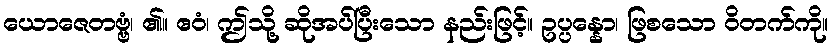
ယောဇေတဗ္ဗံ၊ ၏။ ဧဝံ၊ ဤသို့ ဆိုအပ်ပြီးသော နည်းဖြင့်။ ဥပ္ပန္နော၊ ဖြစသော ဝိတက်ကို။